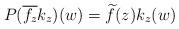
LaTeX: \begin{align*}P(\overline{f_z} k_z)(w)=\widetilde{f}(z) k_z(w)\end{align*}